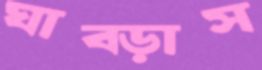
ঘাব্‌ড়াস